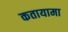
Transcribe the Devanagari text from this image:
कतायामा